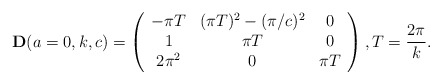
\begin{align*}{\bf D}(a=0,k,c)=\left(\begin{array}{ccc}-\pi T & (\pi T)^2-(\pi/c)^2 & 0\\1 & \pi T & 0\\2\pi^2 & 0 & \pi T\end{array}\right),T=\frac{2\pi}{k}.\end{align*}